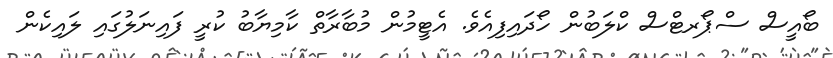
ބޯއީސް ސްޕޯރޓްސް ކްލަބުން ހޯދައިފިއެވެ. އެޓީމުން މުބާރާތް ކާމިޔާބު ކުރީ ފައިނަލުގައި ލައިކެން